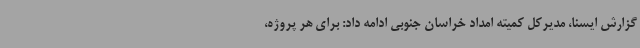
گزارش ایسنا، مدیرکل کمیته امداد خراسان جنوبی ادامه داد: برای هر پروژه،